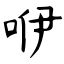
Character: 咿